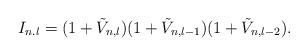
LaTeX: \begin{align*}I_{n.l}=(1+\tilde{V}_{n,l})(1+\tilde{V}_{n,l-1})(1+\tilde{V}_{n,l-2}).\end{align*}